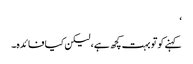
‘
کہنے کوتو بہت کچھ ہے، لیکن کیا فائدہ۔